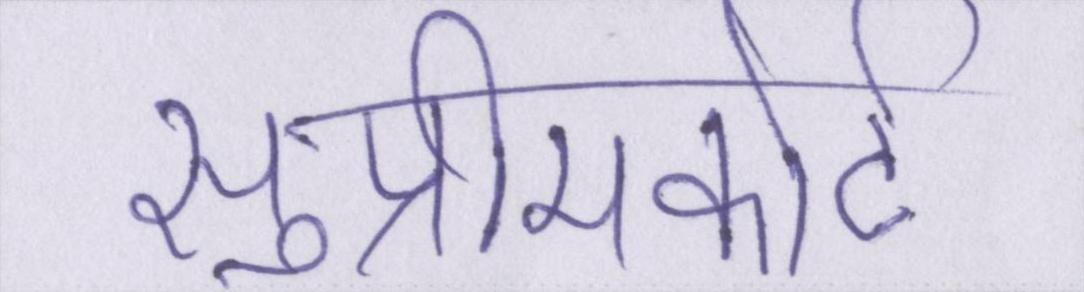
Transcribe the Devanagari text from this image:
सुप्रीमकोर्ट